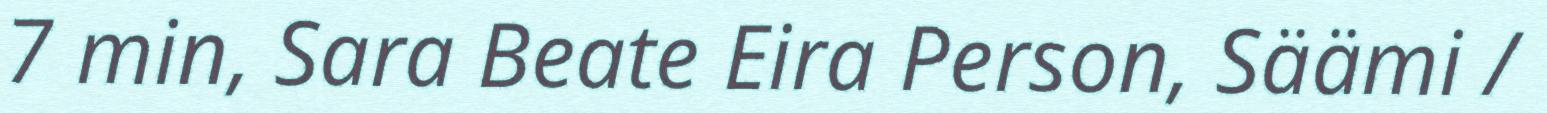
7 min, Sara Beate Eira Person, Säämi /